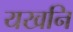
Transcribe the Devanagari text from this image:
यखनि